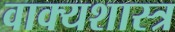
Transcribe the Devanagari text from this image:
वाक्यशास्त्र